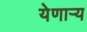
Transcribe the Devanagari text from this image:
येणार्‍य